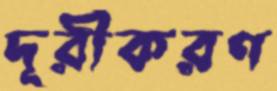
দূরীকরণ